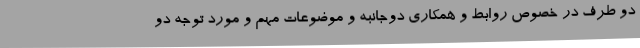
دو طرف در خصوص روابط و همکاری دوجانبه و موضوعات مهم و مورد توجه دو